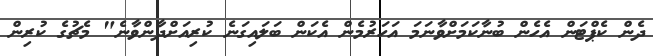
ދެން ކެޕްޓަން އެހެން ބުނާކަމަށްވާނަމަ އަހަރުމެން އެކަން ބަލައިގަނެ ކުރިއަށްދާންވާނެ" މެޗުގެ ކުރިން